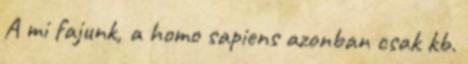
A mi fajunk, a homo sapiens azonban csak kb.